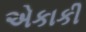
એકાકી